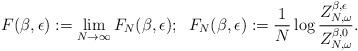
LaTeX: \begin{align*}F(\beta,\epsilon):=\lim_{N\rightarrow \infty} F_N(\beta,\epsilon); \;\; F_N(\beta,\epsilon):= \frac{1}{N}\log \frac{ Z_{N,\omega}^{\beta,\epsilon} }{Z_{N,\omega}^{\beta,0}}.\end{align*}